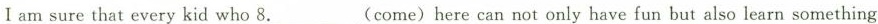
I am sure that every kid who 8.___(come)here can not only have fun but also learn something